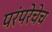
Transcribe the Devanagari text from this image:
परंपरेचेच